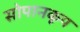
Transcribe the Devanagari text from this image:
सोपानकूप